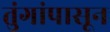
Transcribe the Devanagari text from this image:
तुंगांपासून